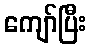
ကျော်ပြီး